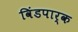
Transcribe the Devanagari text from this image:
विंडपार्क